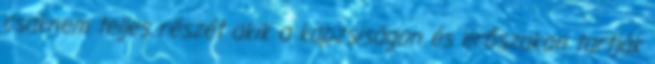
csaknem teljes részét akik a kapzsiságon és erőszakon tartják